Report on vaccination in Madras 1895-1903 - 1895-1903
Year: 1895
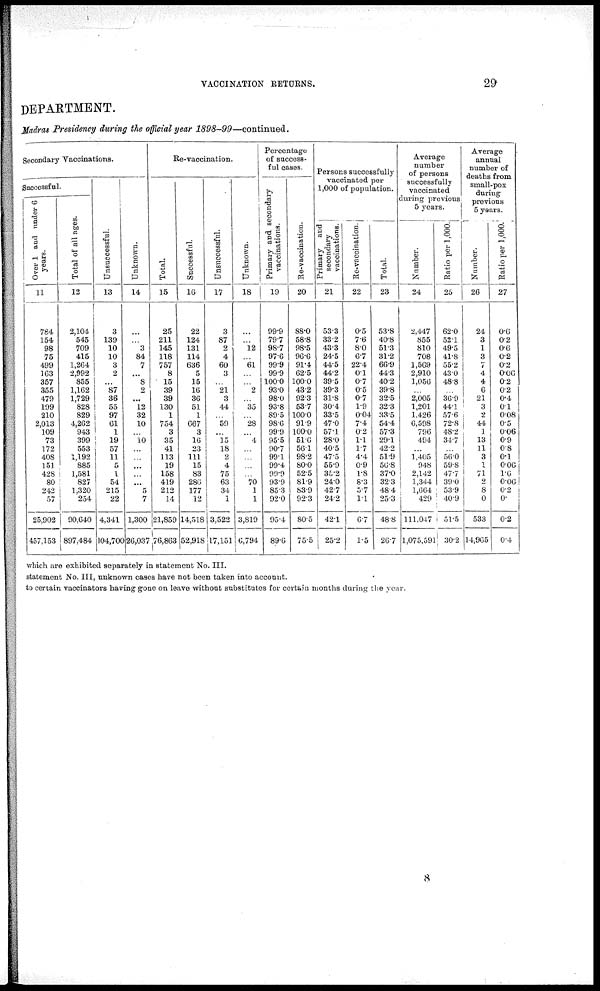
VACCINATION RETURNS.
29
DEPARTMENT.
Madras Presidency during the official year
1898-99—continued.
Secondary Vaccinations.
Successful.
Over 1 and under 6
years.
11
784
154
98
75
499
163
357
355
479
199
210
2,013
109
73
172
408
151
428
80
242
57
25,902
457,153
Total of all ages.
12
2,104
545
709
415
1,264
2,992
855
1,162
1,729
828
829
4,262
943
399
553
1,192
885
1,581
827
1,320
254
90,640
897,484
Unsuccessful.
13
3
139
10
10
3
2
...
87
36
55
97
61
1
19 57
11
5
1
54
215
22
4,341
104,700
Unknown.
14
...
...
3
84
7
...
8
2
...
12
32
10
...
10
...
...
...
...
...
5
7
1,300
26,037
Re-vaccination.
Total.
15
25
211
145
118
757
8
15
39
39
130
1
754
3
35
41
113
19
158
419
212
14
21,859
76,863
Successful.
16
22
124
131
114
636
5
15
16
36
51
1
667
3
16
23
111
15
83
286
177
12
14,518
52,918
Unsuccessful.
17
3
87
2
4
60
3
...
21
3
44
...
59
...
15
18
2
4
75
63
34
1
3,522
17,151
Unknown.
18
...
...
12
...
61
...
...
2
...
35
...
28
...
4
...
...
...
...
70
1
1
3,819
6,794
Percentage
of success-
ful cases.
Primary and secondary
vaccinations.
19
99.9
79.7
98.7
97.6
99.9
99.9
100.0
93.0
98.0
93.8
89.5
98.6
99.9
95.5
90.7
99.1
99.4
99.9
93.9
85.3
92.0
95.4
89.6
Re-vaccination.
20
88.0
58.8
98.5
96.6
91.4
62.5
100.0
43.2
92.3
53.7
100.0
91.9
100.0
51.6
56.1
98.2
80.0
52.5
81.9
83.9
92.3
80.5
75.5
Persons successfully
vaccinated per
1,000 of population.
Primary and
secondary
vaccinations.
21
53.3
33.2
43.3
24.5
44.5
44.2
39.5
39.3
31.8
30.4
33.5
47.0
57.1
28.0
40.5
47.5
55.9
35.2
24.0
42.7
24.2
42.1
25.2
Re-vaccination.
22
0.5
7.6
8.0
6.7
22.4
0.1
0.7
0.5
0.7
1.9
0.04
7.4
0.2
1.1
1.7
4.4
0.9
1.8
8.3
5.7
1.1
6.7
1.5
Total.
23
53.8
40.8
51.3
31.2
66.9
44.3
40.2
39.8
32.5
32.3
33.5
54.4
57.3
29.1
42.2
51.9
56.8
37.0
32.3
48.4
25.3
48.8
26.7
Average
number
of persons
successfully
vaccinated
during previous
5 years.
Number.
24
2,447
855
810
708
1,569
2,910
1,056
...
2,005
1,201
1,426
6,598
796
494
...
1,405
948
2,142
1,344
1,664
429
111,047
1,075,591
Ratio per 1,000.
25
62.0
52.1
49.5
41.8
55.2
43.0
48.8
...
36.9
44.1
57.6
72.8
48.2
34.7
...
56.0
59.8
47.7
39.0
53.9
40.9
51.5
30.2
Average
annual
number of
deaths from
small-pox
during
previous
5 years.
Number.
26
24
3
1
3
7
4
4
6
21
3
2
44
1
13
11
3
1
71
2
8
0
533
14,965
Ratio per 1,000.
27
0.6
0.2
0.6
0.2
0.2
0.06
0.2
0.2
0.4
0.1
0.08
0.5
0.06
0.9
0.8
0.1
0.06
1.6
0.06
0.2
0.
0.2
0.4
which are exhibited separately in statement No. III.
statement No. III, unknown cases have not been taken into account.
to certain vaccinators having gone on leave without substitutes for certain months during the year.
8